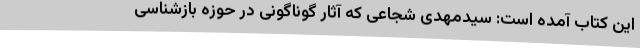
این کتاب آمده است: سیدمهدی شجاعی که آثار گوناگونی در حوزه بازشناسی